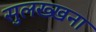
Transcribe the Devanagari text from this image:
सुलख्खना